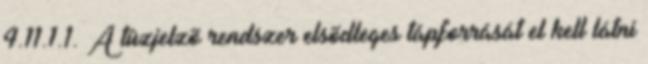
4.11.1.1. A tûzjelzõ rendszer elsõdleges tápforrását el kell látni